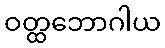
ဝတ္ထဘောဂါယ